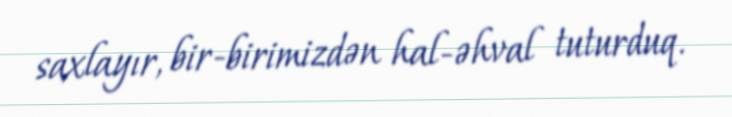
saxlayır, bir-birimizdən hal-əhval tuturduq.